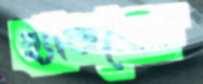
হ্যান্ডশেক